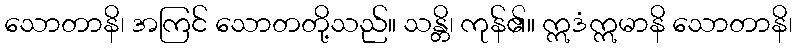
သောတာနိ၊ အကြင် သောတတို့သည်။ သန္တိ၊ ကုန်၏။ ဣဒံဣမာနိ သောတာနိ၊